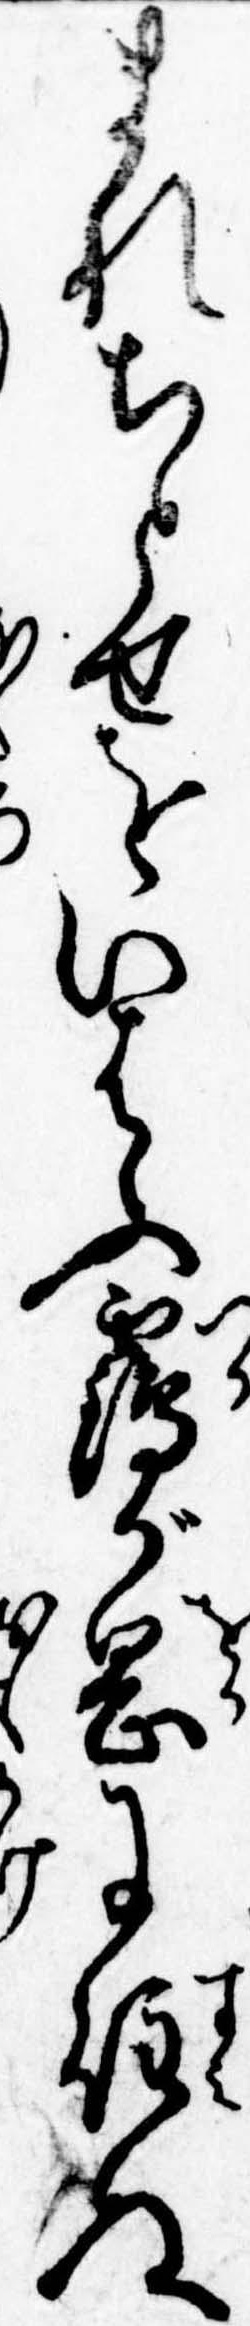
まれちとせをいはふ鶴が岡に住ぬ